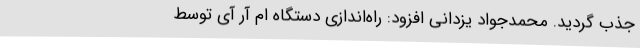
جذب گردید. محمدجواد یزدانی افزود: راه‌اندازی دستگاه ام آر آی توسط